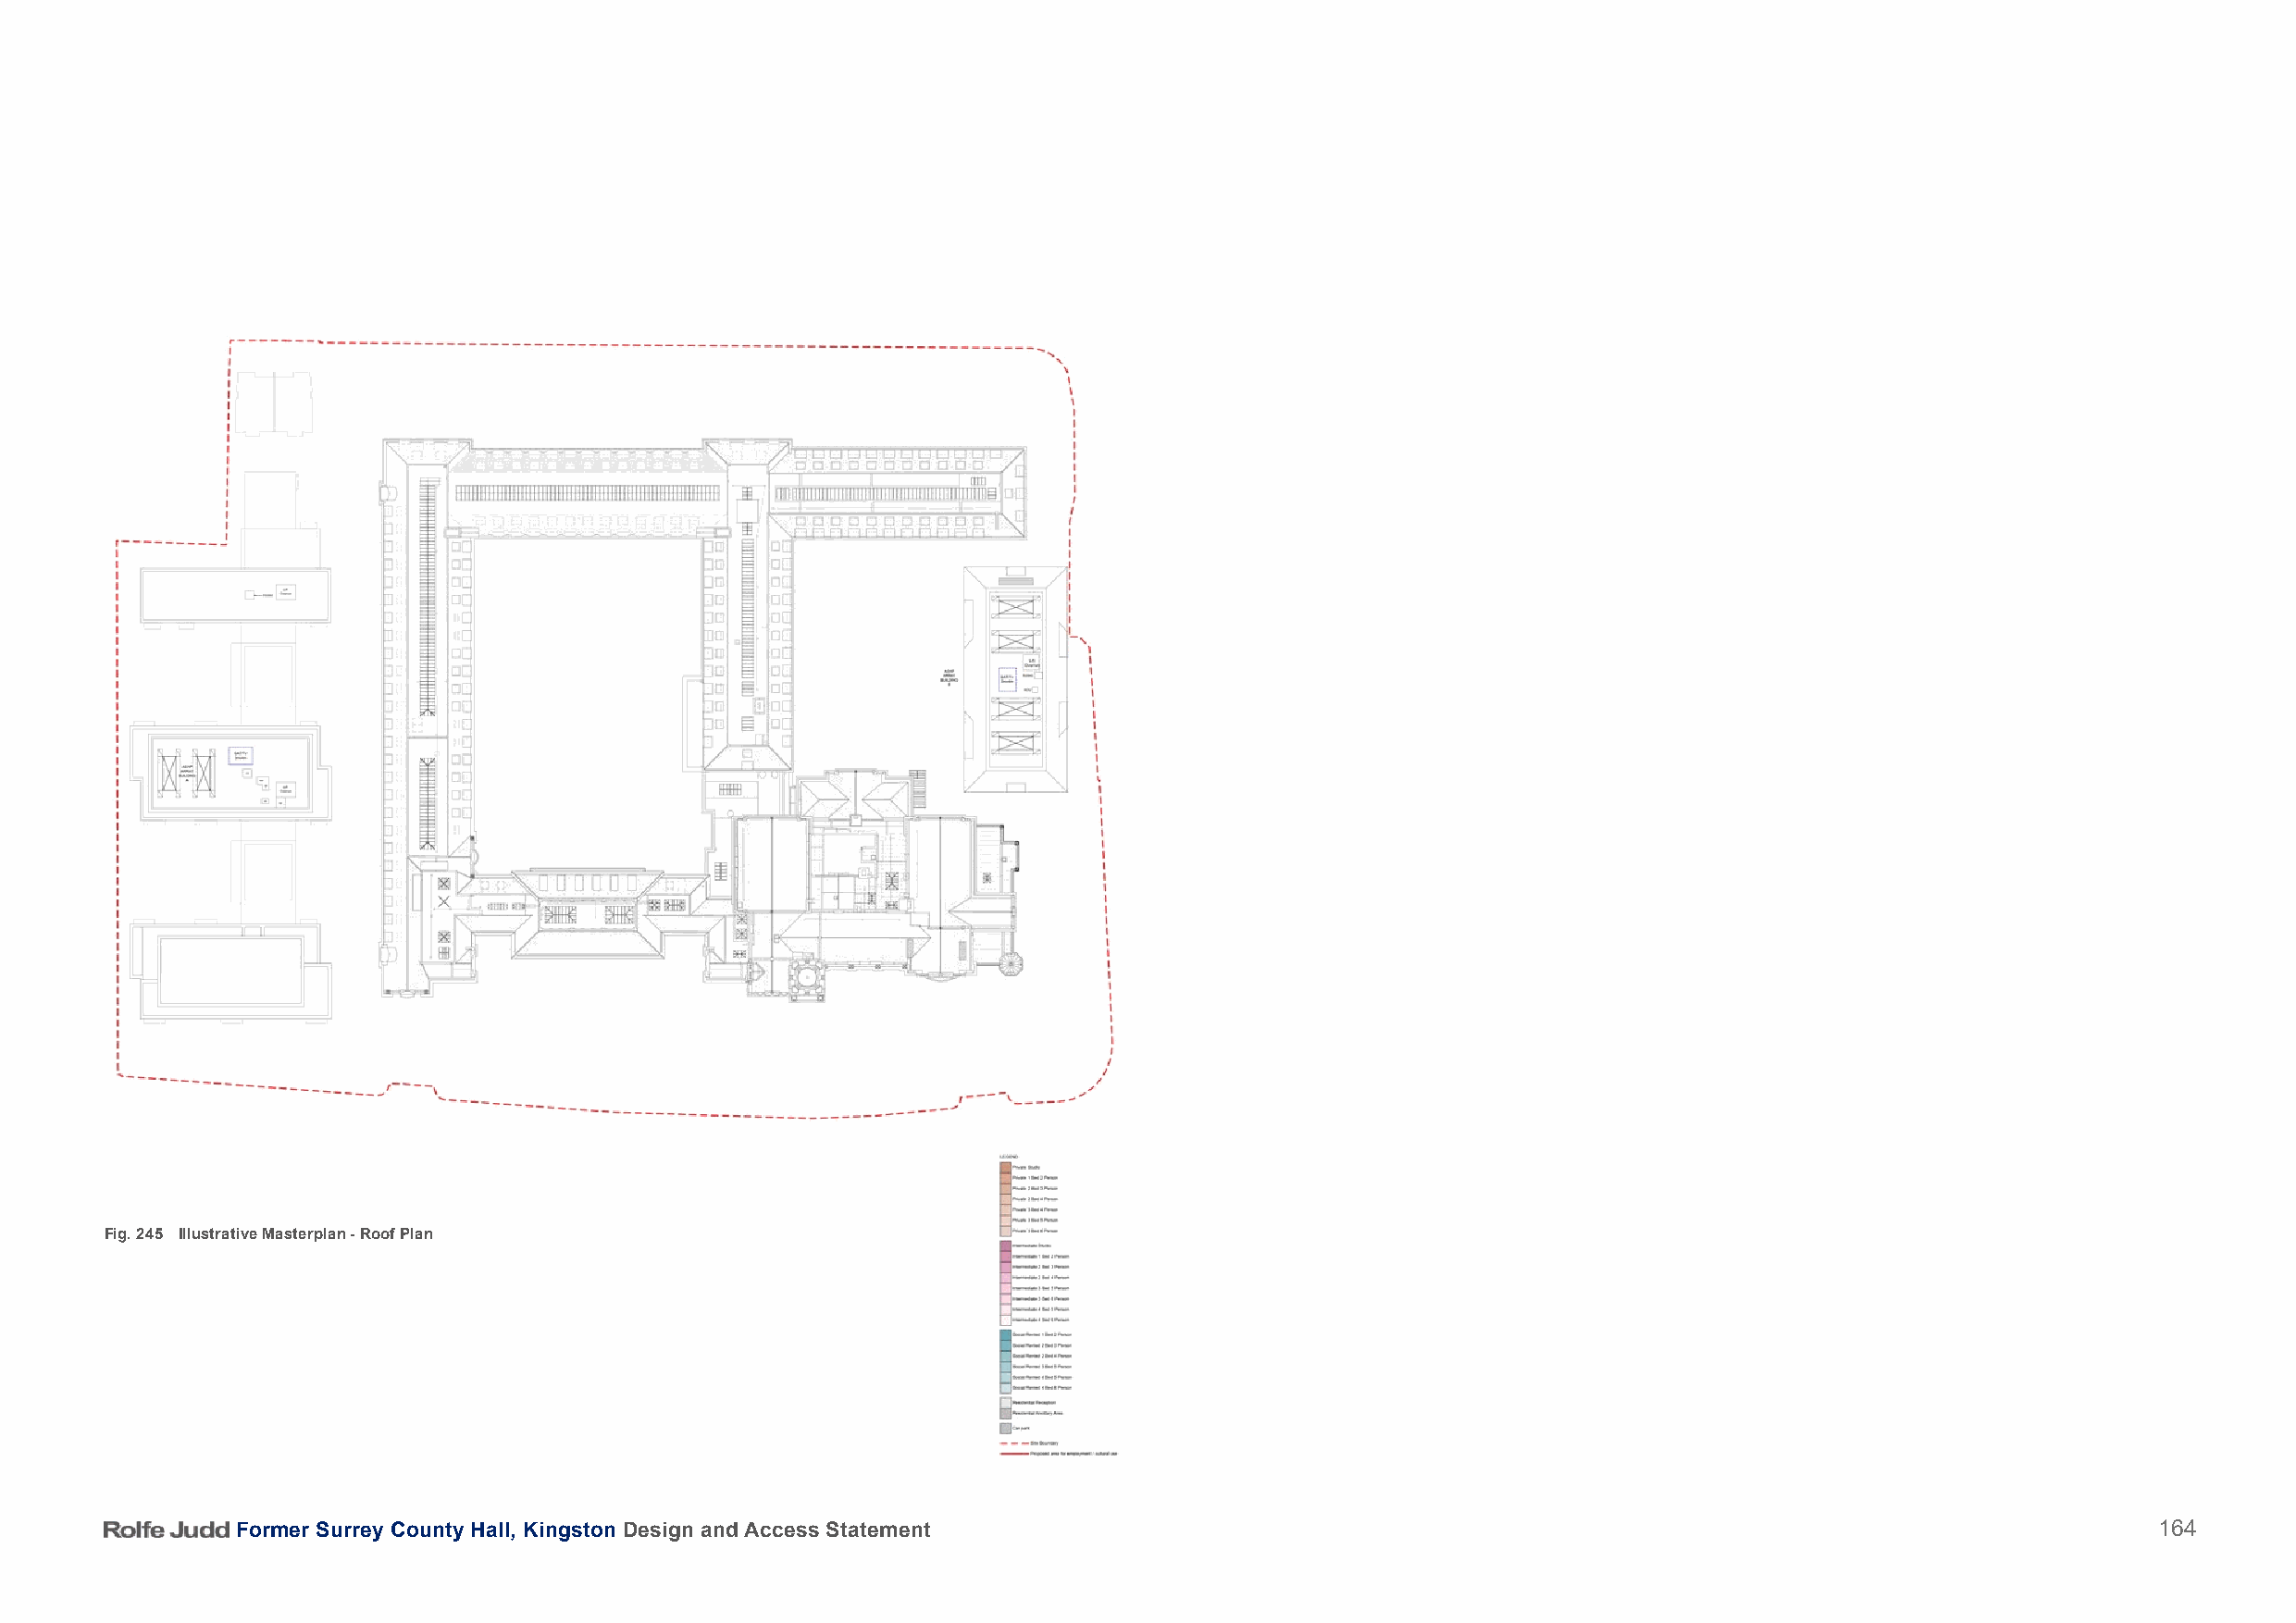
Fig. 245 Illustrative Masterplan - Roof Plan
 Former Surrey County Hall, Kingston Design and Access Statement                                                                          164